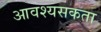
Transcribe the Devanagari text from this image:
आवश्यसकता